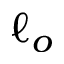
\ell _ { o }